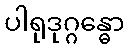
ပါရုဒုဂ္ဂန္ဓော